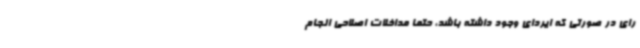
رای در صورتی که ایردای وجود داشته باشد، حتما مداخلات اصلاحی انجام